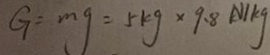
G = m g = 5 k g \times 9 . 8 N / k g